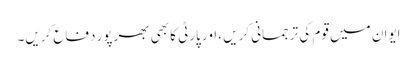
ایوان میں قوم کی ترجمانی کریں ،اور پارٹی کا بھی بھرپور دفاع کریں۔